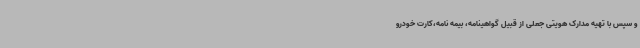
و سپس با تهیه مدارک هویتی جعلی از قبیل گواهینامه، بیمه نامه،کارت خودرو